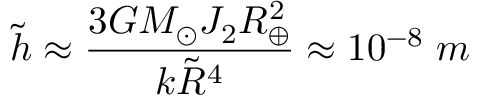
\tilde { h } \approx { \frac { 3 G M _ { \odot } J _ { 2 } R _ { \oplus } ^ { 2 } } { k \tilde { R } ^ { 4 } } } \approx 1 0 ^ { - 8 } \; m